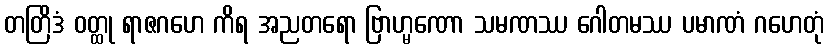
တတြိဒံ ဝတ္ထု ရာဇဂဟေ ကိရ အညတရော ဗြာဟ္မဏော သမဏဿ ဂေါတမဿ ပမာဏံ ဂဟေတုံ